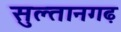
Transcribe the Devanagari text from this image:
सुल्तानगढ़